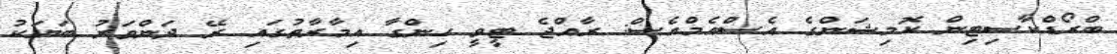
ބްރޯޑްކާސިޓިން ކޮމިޝަންގެ އެސްއެމްއެސް: ރާއްޖެ ޓީވީ ހިންގާ އިމާރާތުގައި ރޭ ދަންވަރު ބަޔަކު